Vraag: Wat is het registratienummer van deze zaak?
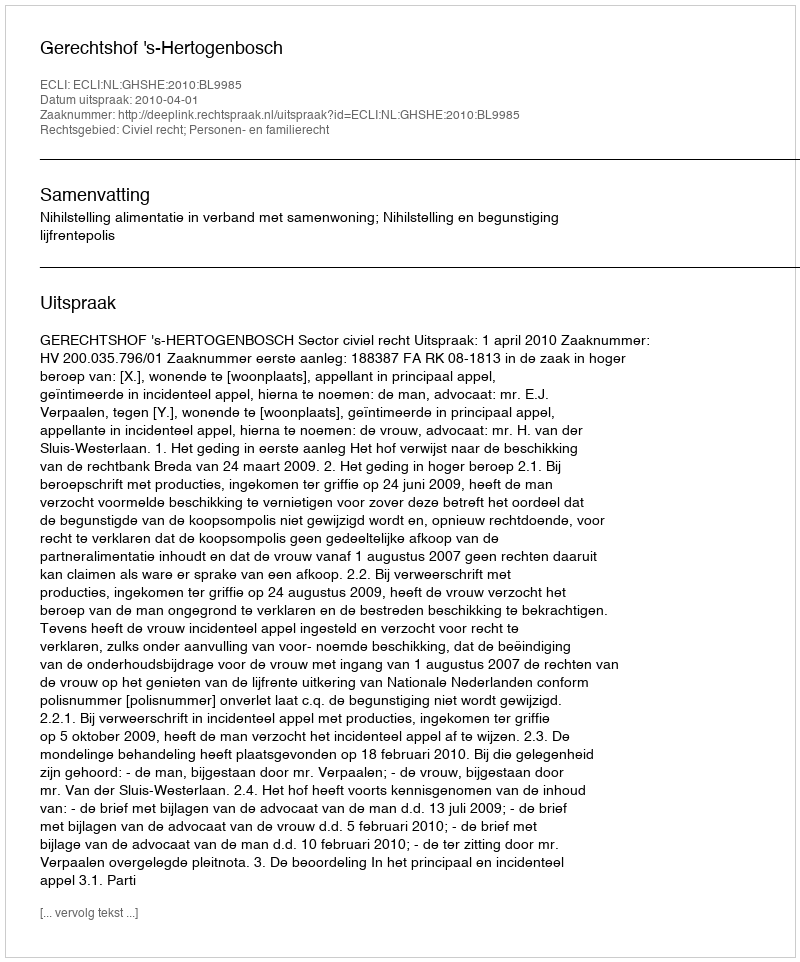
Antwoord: http://deeplink.rechtspraak.nl/uitspraak?id=ECLI:NL:GHSHE:2010:BL9985